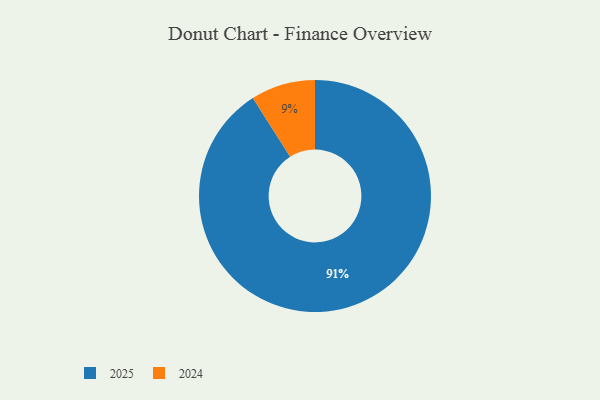
{"axis": {"x": "Category", "y": "Percentage"}, "legend": ["2024", "2025"], "data": [{"x": "2025", "y": 91, "type": "2025"}, {"x": "2024", "y": 9, "type": "2024"}]}